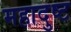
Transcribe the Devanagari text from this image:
महादुष्ट